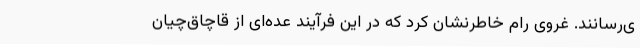
ی‌رسانند. غروی رام خاطرنشان کرد که در این فرآیند عده‌ای از قاچاق‌چیان